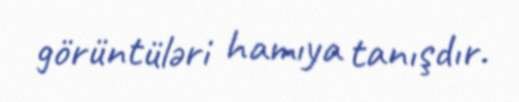
görüntüləri hamıya tanışdır.